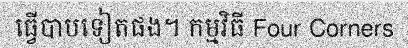
ធ្វើបាបទៀតផង។ កម្មវិធី Four Corners